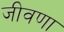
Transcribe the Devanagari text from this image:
जीवणा